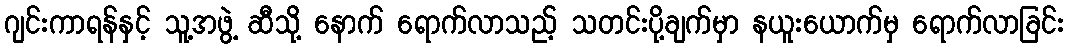
ဂျင်းကာရန်နှင့် သူ့အဖွဲ့ ဆီသို့ နောက် ရောက်လာသည့် သတင်းပို့ချက်မှာ နယူးယောက်မှ ရောက်လာခြင်း